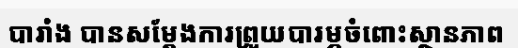
បារាំង បានសម្តែងការព្រួយបារម្ភចំពោះស្ថានភាព